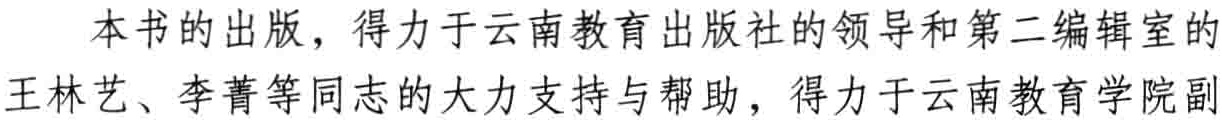
本书的出版，得力于云南教育出版社的领导和第二编辑室的王林艺、李菁等同志的大力支持与帮助，得力于云南教育学院副